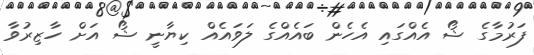
ފަރުމާގެ ޝޯ އެއްގައި އެހެން ބައެއްގެ ލަވައެއް ކިޔާނީ ޝޯ އަށް ހާޒިރުވާ